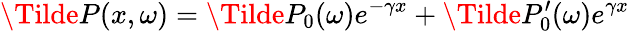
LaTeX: \Tilde{P}(x,\omega)=\Tilde{P}_{0}(\omega)e^{-\gamma x}+\Tilde{P}_{0}^{\prime}(\omega)e^{\gamma x}